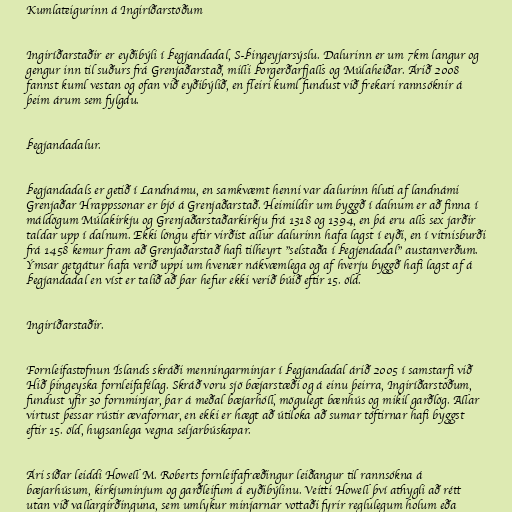
Kumlateigurinn á Ingiríðarstöðum

Ingiríðarstaðir er eyðibýli í Þegjandadal, S-Þingeyjarsýslu. Dalurinn er um 7km langur og
gengur inn til suðurs frá Grenjaðarstað, milli Þorgerðarfjalls og Múlaheiðar. Árið 2008
fannst kuml vestan og ofan við eyðibýlið, en fleiri kuml fundust við frekari rannsóknir á
þeim árum sem fylgdu.

Þegjandadalur.

Þegjandadals er getið í Landnámu, en samkvæmt henni var dalurinn hluti af landnámi
Grenjaðar Hrappssonar er bjó á Grenjaðarstað. Heimildir um byggð í dalnum er að finna í
máldögum Múlakirkju og Grenjaðarstaðarkirkju frá 1318 og 1394, en þá eru alls sex jarðir
taldar upp í dalnum. Ekki löngu eftir virðist allur dalurinn hafa lagst í eyði, en í vitnisburði
frá 1458 kemur fram að Grenjaðarstað hafi tilheyrt "selstaða í Þegjendadal" austanverðum.
Ýmsar getgátur hafa verið uppi um hvenær nákvæmlega og af hverju byggð hafi lagst af á
Þegjandadal en víst er talið að þar hefur ekki verið búið eftir 15. öld.

Ingiríðarstaðir.

Fornleifastofnun Íslands skráði menningarminjar í Þegjandadal árið 2005 í samstarfi við
Hið þingeyska fornleifafélag. Skráð voru sjö bæjarstæði og á einu þeirra, Ingiríðarstöðum,
fundust yfir 30 fornminjar, þar á meðal bæjarhóll, mögulegt bænhús og mikil garðlög. Allar
virtust þessar rústir ævafornar, en ekki er hægt að útiloka að sumar tóftirnar hafi byggst
eftir 15. öld, hugsanlega vegna seljarbúskapar.

Ári síðar leiddi Howell M. Roberts fornleifafræðingur leiðangur til rannsókna á
bæjarhúsum, kirkjuminjum og garðleifum á eyðibýlinu. Veitti Howell því athygli að rétt
utan við vallargirðinguna, sem umlykur minjarnar vottaði fyrir reglulegum holum eða